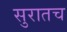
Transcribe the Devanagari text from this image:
सुरातच